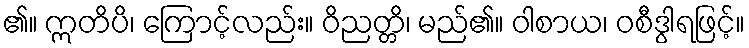
၏။ ဣတိပိ၊ ကြောင့်လည်း။ ဝိညတ္တိ၊ မည်၏။ ဝါစာယ၊ ဝစီဒွါရဖြင့်။